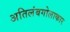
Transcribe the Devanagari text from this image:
अतिलंबगोलाकार